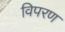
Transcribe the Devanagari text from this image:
विपरण